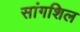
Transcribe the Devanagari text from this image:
सांगशिल